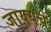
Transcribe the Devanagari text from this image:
जाययचे